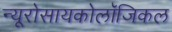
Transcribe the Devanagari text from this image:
न्यूरोसायकोलॉजिकल